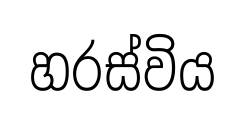
හරස්විය